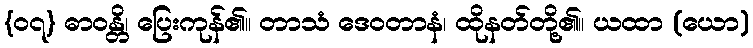
{၀၇} ဓာဝန္တိ၊ ပြေးကုန်၏။ တာသံ ဒေဝတာနံ၊ ထိုနတ်တို့၏။ ယထာ (ယော)